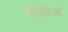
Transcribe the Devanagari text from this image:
मैनूज़िओ